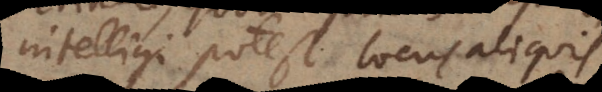
intelligi potest locus aliquis